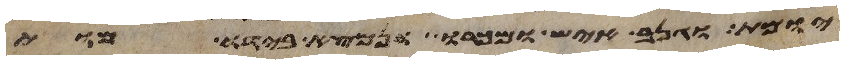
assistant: יומת וגנב איש ומכרו ונמצא בידו מות